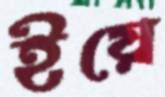
ইয়ে